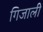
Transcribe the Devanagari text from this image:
गिजाली